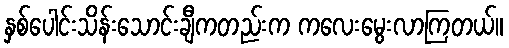
နှစ်ပေါင်းသိန်းသောင်းချီကတည်းက ကလေးမွေးလာကြတယ်။